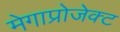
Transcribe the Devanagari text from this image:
मेगाप्रोजेक्ट